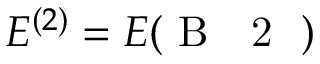
E ^ { ( 2 ) } = E ( \mathrm { ~ B ~ \textsubscript ~ { ~ 2 ~ } ~ } )